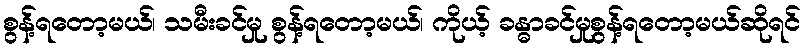
စွန့်ရတော့မယ်၊ သမီးခင်မှု စွန့်ရတော့မယ်၊ ကိုယ့် ခန္ဓာခင်မှုစွန့်ရတော့မယ်ဆိုရင်